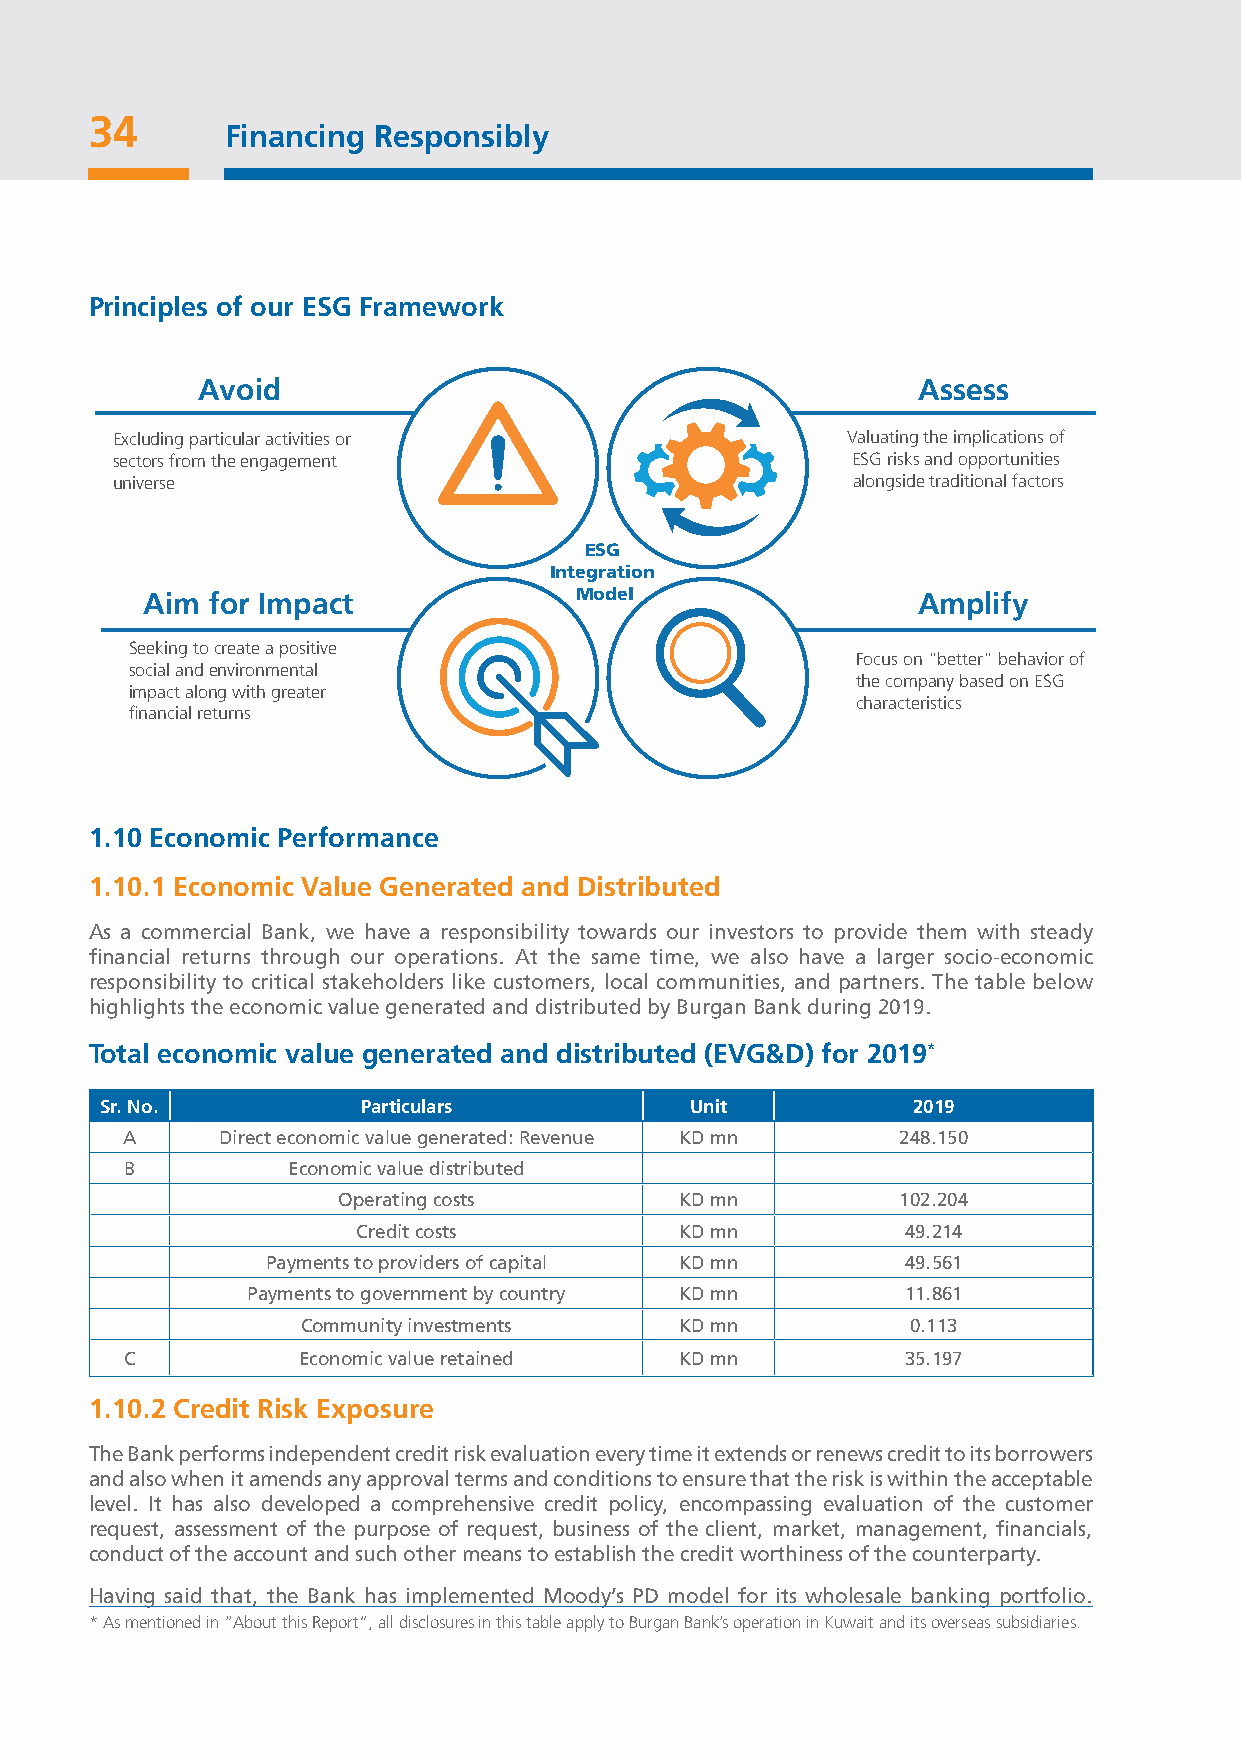
34
 Financing Responsibly
 Principles of our ESG Framework
 Avoid                                           Assess
 Excluding particular activities or               Valuating the implications of
 sectors from the engagement                      ESG risks and opportunities
 universe                                         alongside traditional factors
 ESG
 Integration
 Aim  for Impact              Model                  Amplify
 Seeking to create a positive
 Focus on "better" behavior of
 social and environmental
 the company based on ESG
 impact along with greater
 characteristics
 financial returns
 1.10 Economic Performance
 1.10.1 Economic Value Generated and Distributed
 As a commercial Bank, we have a responsibility towards our investors to provide them with steady
 financial returns through our operations. At the same time, we also have a larger socio-economic
 responsibility to critical stakeholders like customers, local communities, and partners. The table below
 highlights the economic value generated and distributed by Burgan Bank during 2019.
 Total economic value generated and distributed (EVG&D) for 2019*
 Sr. No.          Particulars           Unit          2019
 A     Direct economic value generated: Revenue KD mn 248.150
 B          Economic value distributed
 Operating costs        KD mn          102.204
 Credit costs         KD mn          49.214
 Payments to providers of capital KD mn    49.561
 Payments to government by country KD mn     11.861
 Community investments    KD mn          0.113
 C           Economic value retained  KD mn          35.197
 1.10.2 Credit Risk Exposure
 The Bank performs independent credit risk evaluation every time it extends or renews credit to its borrowers
 and also when it amends any approval terms and conditions to ensure that the risk is within the acceptable
 level. It has also developed a comprehensive credit policy, encompassing evaluation of the customer
 request, assessment of the purpose of request, business of the client, market, management, financials,
 conduct of the account and such other means to establish the credit worthiness of the counterparty.
 Having said that, the Bank has implemented Moody’s PD model for its wholesale banking portfolio.
 * As mentioned in “About this Report”, all disclosures in this table apply to Burgan Bank’s operation in Kuwait and its overseas subsidiaries.